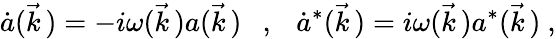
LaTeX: \dot{a}(\vec{k}\, )=-i\omega(\vec{k}\, )a(\vec{k}\, )\ \ \ ,\ \ \ \dot{a}^{*}(\vec{k}\, )=i\omega(\vec{k}\, )a^{*}(\vec{k}\, )\ ,